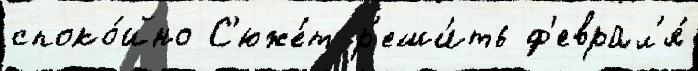
споко́йно С'юже́т р'еши́ть ф'еврал'я́